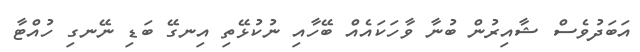
އަބަދުވެސް ޝާއިރުން ބުނާ ވާހަކައެއް ބޭހާއި ނުކުޅޭތި އިނގޭ ބަޑި ނޭނގި ހުއްޓާ